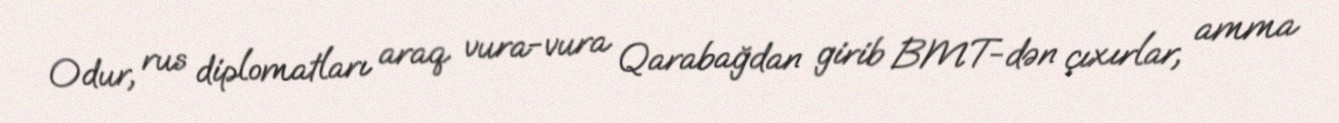
Odur, rus diplomatları araq vura-vura Qarabağdan girib BMT-dən çıxırlar, amma